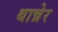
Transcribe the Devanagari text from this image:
थान्नेर